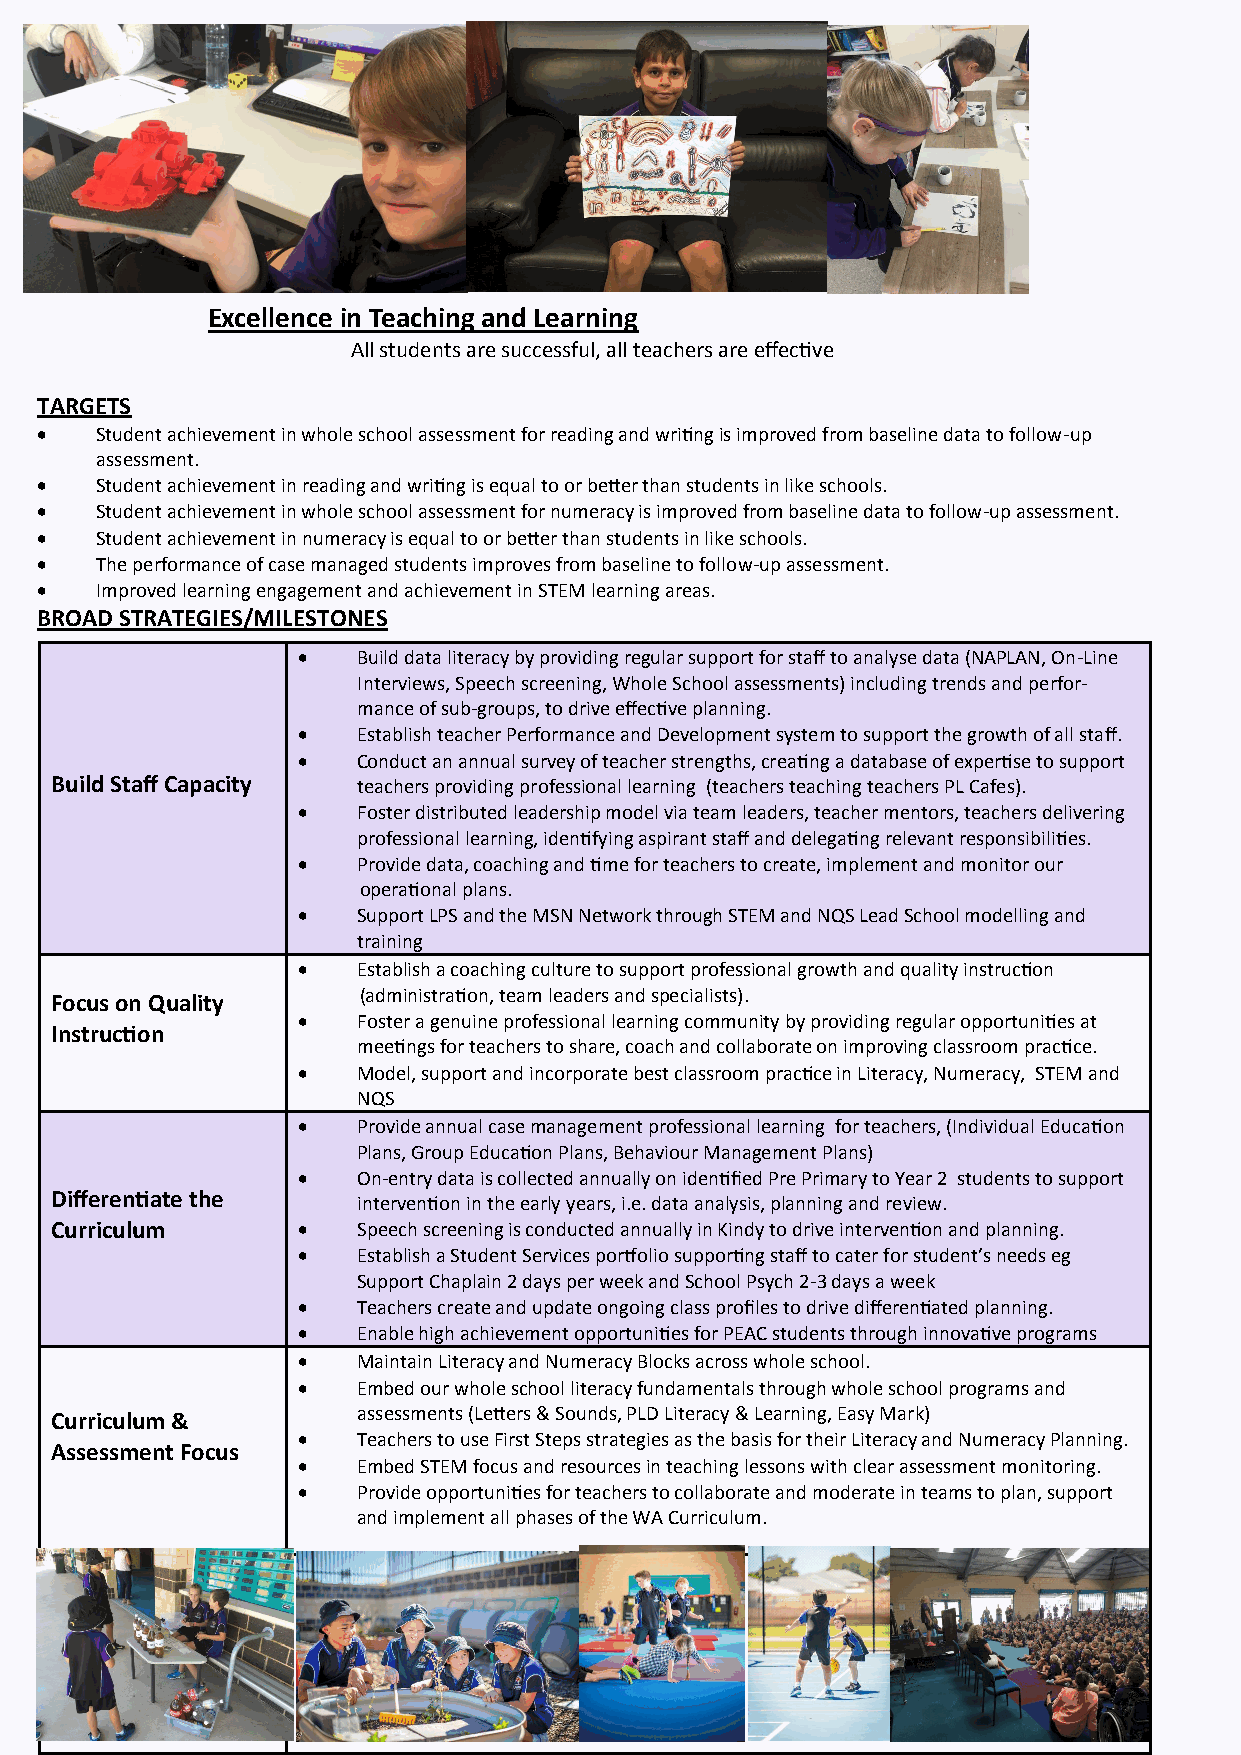
Excellence in Teaching and Learning
 All students are successful, all teachers are effective
 TARGETS
    Student achievement in whole school assessment for reading and writing is improved from baseline data to follow-up
 assessment.
    Student achievement in reading and writing is equal to or better than students in like schools.
    Student achievement in whole school assessment for numeracy is improved from baseline data to follow-up assessment.
    Student achievement in numeracy is equal to or better than students in like schools.
    The performance of case managed students improves from baseline to follow-up assessment.
    Improved learning engagement and achievement in STEM learning areas.
 BROAD STRATEGIES/MILESTONES
    Build data literacy by providing regular support for staff to analyse data (NAPLAN, On-Line
 Interviews, Speech screening, Whole School assessments) including trends and perfor-
 mance of sub-groups, to drive effective planning.
    Establish teacher Performance and Development system to support the growth of all staff.
    Conduct an annual survey of teacher strengths, creating a database of expertise to support
 Build Staff Capacity teachers providing professional learning (teachers teaching teachers PL Cafes).
    Foster distributed leadership model via team leaders, teacher mentors, teachers delivering
 professional learning, identifying aspirant staff and delegating relevant responsibilities.
    Provide data, coaching and time for teachers to create, implement and monitor our
 operational plans.
    Support LPS and the MSN Network through STEM and NQS Lead School modelling and
 training
    Establish a coaching culture to support professional growth and quality instruction
 (administration, team leaders and specialists).
 Focus on Quality
    Foster a genuine professional learning community by providing regular opportunities at
 Instruction
 meetings for teachers to share, coach and collaborate on improving classroom practice.
    Model, support and incorporate best classroom practice in Literacy, Numeracy, STEM and
 NQS
    Provide annual case management professional learning for teachers, (Individual Education
 Plans, Group Education Plans, Behaviour Management Plans)
    On-entry data is collected annually on identified Pre Primary to Year 2 students to support
 Differentiate the    intervention in the early years, i.e. data analysis, planning and review.
 Curriculum          Speech screening is conducted annually in Kindy to drive intervention and planning.
    Establish a Student Services portfolio supporting staff to cater for student’s needs eg
 Support Chaplain 2 days per week and School Psych 2-3 days a week
    Teachers create and update ongoing class profiles to drive differentiated planning.
    Enable high achievement opportunities for PEAC students through innovative programs
    Maintain Literacy and Numeracy Blocks across whole school.
    Embed our whole school literacy fundamentals through whole school programs and
 Curriculum &         assessments (Letters & Sounds, PLD Literacy & Learning, Easy Mark)
    Teachers to use First Steps strategies as the basis for their Literacy and Numeracy Planning.
 Assessment Focus
    Embed STEM focus and resources in teaching lessons with clear assessment monitoring.
    Provide opportunities for teachers to collaborate and moderate in teams to plan, support
 and implement all phases of the WA Curriculum.